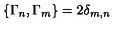
\{ \Gamma _ { n } , \Gamma _ { m } \} = 2 \delta _ { m , n }